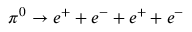
\pi ^ { 0 } \rightarrow e ^ { + } + e ^ { - } + e ^ { + } + e ^ { - }